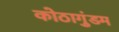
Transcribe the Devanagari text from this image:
कोठागुंडम